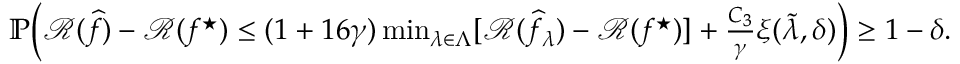
\begin{array} { r } { \mathbb { P } \bigg ( \mathcal { R } ( \widehat { f } ) - \mathcal { R } ( f ^ { \star } ) \leq ( 1 + 1 6 \gamma ) \operatorname* { m i n } _ { \lambda \in \Lambda } [ \mathcal { R } ( \widehat { f } _ { \lambda } ) - \mathcal { R } ( f ^ { \star } ) ] + \frac { C _ { 3 } } { \gamma } \xi ( \widetilde { \lambda } , \delta ) \bigg ) \geq 1 - \delta . } \end{array}